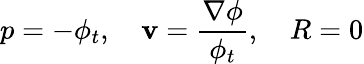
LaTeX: p=-\phi_{t},\quad\mathbf{v}=\frac{\nabla\phi}{\phi_{t}},\quad R=0